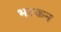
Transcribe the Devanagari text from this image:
भटकन